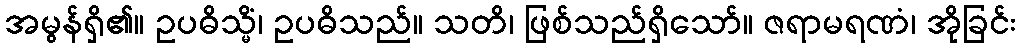
အမွန်ရှိ၏။ ဥပဓိသ္မိံ၊ ဥပဓိသည်။ သတိ၊ ဖြစ်သည်ရှိသော်။ ဇရာမရဏံ၊ အိုခြင်း